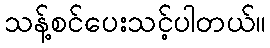
သန့်စင်ပေးသင့်ပါတယ်။